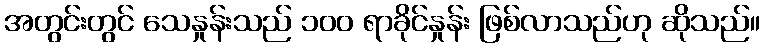
အတွင်းတွင် သေနှုန်းသည် ၁၀၀ ရာခိုင်နှုန်း ဖြစ်လာသည်ဟု ဆိုသည်။